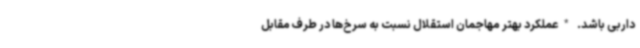
داربی باشد. *عملکرد بهتر مهاجمان استقلال نسبت به سرخ‌ها در طرف مقابل